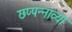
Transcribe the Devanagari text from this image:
छप्पन्नाव्या